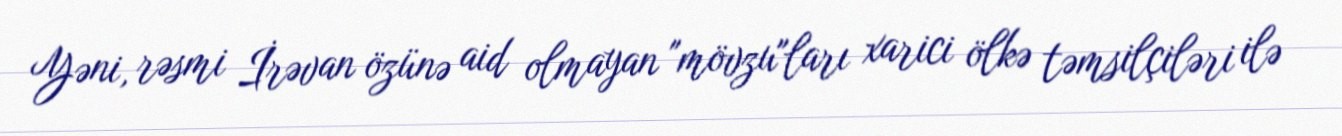
Yəni, rəsmi İrəvan özünə aid olmayan "mövzu"ları xarici ölkə təmsilçiləri ilə